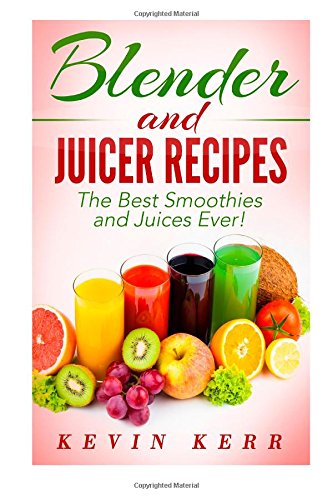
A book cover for Blender and Juicer Recipes: The Best Smoothies and Juices Ever!; Kevin Kerr; Cookbooks, Food & Wine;